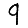
Digit: 9